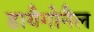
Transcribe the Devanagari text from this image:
डायैगोनैल